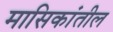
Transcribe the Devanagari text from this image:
मासिकांतील